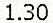
1.30